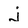
Character: j